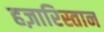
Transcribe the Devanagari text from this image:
हज़ारिस्तान